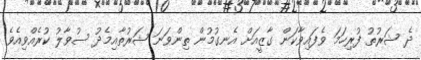
ދެ ޝަރުތު ފުރިހަމަ ވެފައިވާކަން ގާޒީއަށް އެނގުމުން ތިންވަނަ ޝަރުތާއިމެދު ސުވާލު ކުރެއްވިއެވެ.